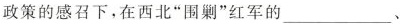
政策的感召下，在西北“围剿”红军的___、